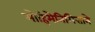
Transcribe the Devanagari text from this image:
मोहिमेनिमित्ताने